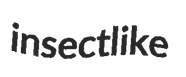
insectlike